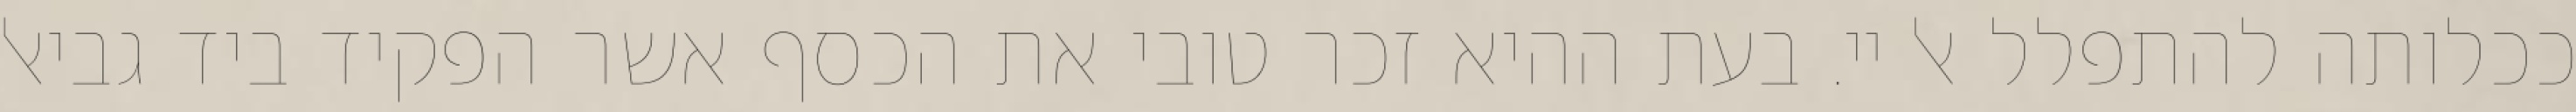
ככלותה להתפלל אל יי. בעת ההיא זכר טובי את הכסף אשר הפקיד ביד גביאל